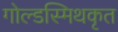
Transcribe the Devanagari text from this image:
गोल्डस्मिथकृत